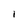
Character: I